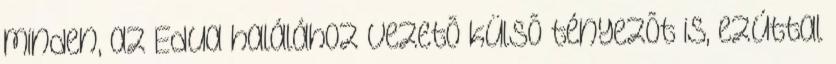
minden, az Edua halálához vezetõ külsõ tényezõt is, ezúttal